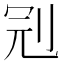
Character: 𠜍